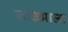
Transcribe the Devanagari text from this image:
लाउआला